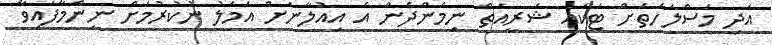
އަދި މަސްލަހަތަށް ޓަކައި ޝަރީއަތް ނިމެންދެން އެ އިއުލާނަށް އަމަލު ނުކުރުމަށް ނިންމާފައިވާ